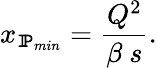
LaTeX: x_{{\tt I\! P}_{min}}=\frac{Q^{2}}{\beta\ s}.